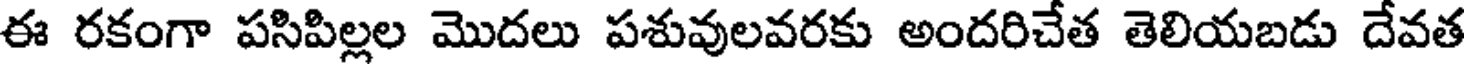
ఈ రకంగా పసిపిల్లల మొదలు పశువులవరకు అందరిచేత తెలియబడు దేవత